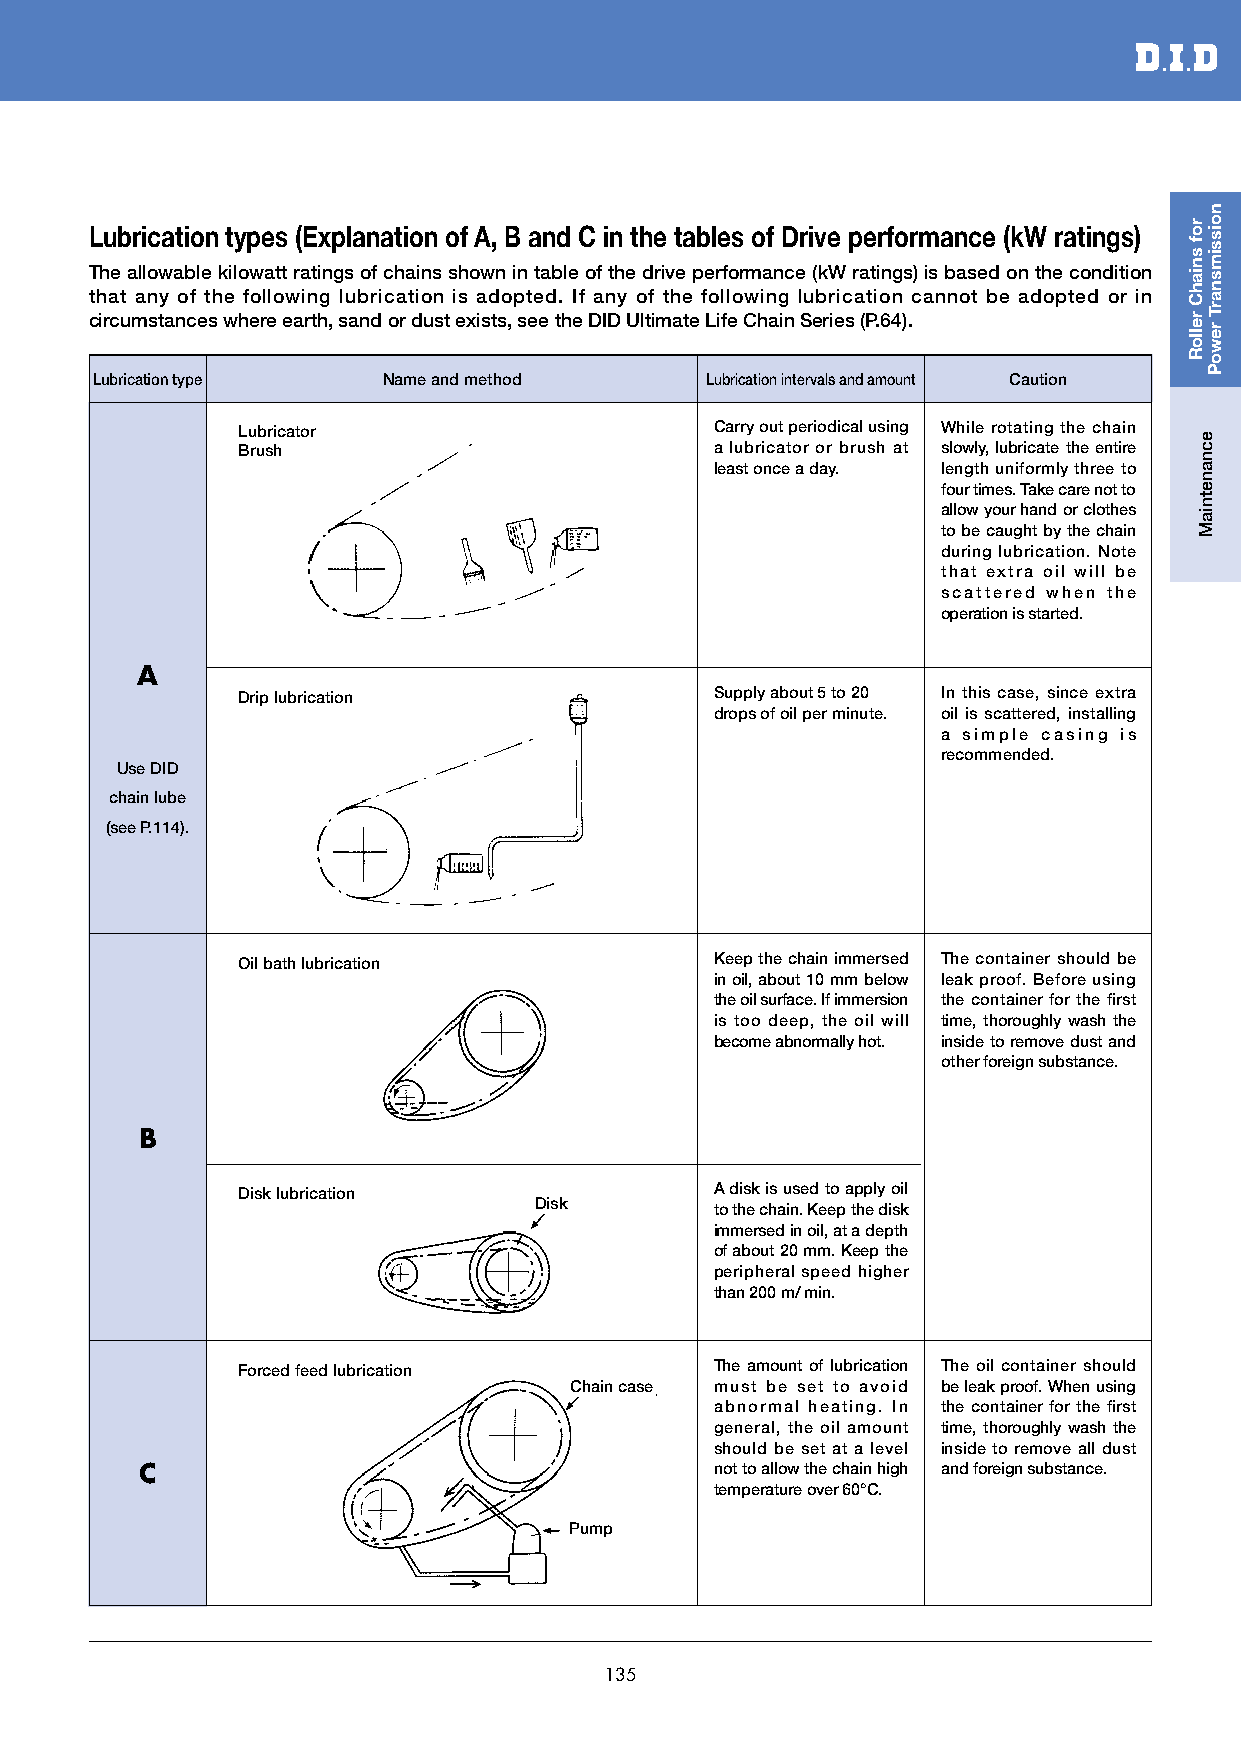
Lubrication types (Explanation of A, B and C in the tables of Drive performance (kW ratings)
 The allowable kilowatt ratings of chains shown in table of the drive performance (kW ratings) is based on the condition
 that any of the following lubrication is adopted. If any of the following lubrication cannot be adopted or in
 circumstances where earth, sand or dust exists, see the DID Ultimate Life Chain Series (P.64).
 Lubrication type   Name and method       Lubrication intervals and amount Caution
 Lubricator                     Carry out periodical using While rotating the chain
 Brush                          a lubricator or brush at slowly, lubricate the entire
 least once a day. length uniformly three to
 four times. Take care not to
 allow your hand or clothes
 to be caught by the chain
 during lubrication. Note
 that extra oil will be
 scattered when the
 operation is started.
 A
 Drip lubrication               Supply about 5 to 20 In this case, since extra
 drops of oil per minute. oil is scattered, installing
 a simple casing is
 recommended.
 Use DID
 chain lube
 (see P.114).
 Oil bath lubrication           Keep the chain immersed The container should be
 in oil, about 10 mm below leak proof. Before using
 the oil surface. If immersion the container for the first
 is too deep, the oil will time, thoroughly wash the
 become abnormally hot. inside to remove dust and
 other foreign substance.
 B
 Disk lubrication               A disk is used to apply oil
 Disk        to the chain. Keep the disk
 immersed in oil, at a depth
 of about 20 mm. Keep the
 peripheral speed higher
 than 200 m/ min.
 Forced feed lubrication        The amount of lubrication The oil container should
 Chain case must be set to avoid be leak proof. When using
 abnormal heating. In the container for the first
 general, the oil amount time, thoroughly wash the
 should be set at a level inside to remove all dust
 C                                     not to allow the chain high and foreign substance.
 temperature over 60°C.
 Pump
 135
 rof
 sniahC
 relloR
 ecnanetniaM
 noissimsnarT
 rewoP